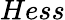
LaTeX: Hess